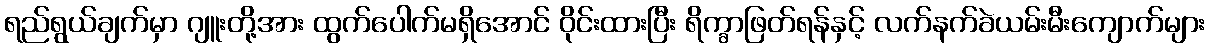
ရည်ရွယ်ချက်မှာ ဂျူးတို့အား ထွက်ပေါက်မရှိအောင် ဝိုင်းထားပြီး ရိက္ခာဖြတ်ရန်နှင့် လက်နက်ခဲယမ်းမီးကျောက်များ